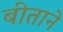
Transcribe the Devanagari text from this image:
बीताने